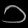
Digit: ၁